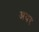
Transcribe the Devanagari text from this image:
अयर